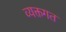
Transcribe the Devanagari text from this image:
व्यक्तगत